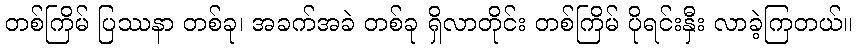
တစ်ကြိမ် ပြဿနာ တစ်ခု၊ အခက်အခဲ တစ်ခု ရှိလာတိုင်း တစ်ကြိမ် ပိုရင်းနှီး လာခဲ့ကြတယ်။